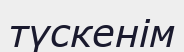
түскенім